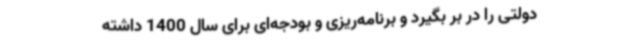
دولتی را در بر بگیرد و برنامه‌ریزی و بودجه‌ای برای سال 1400 داشته